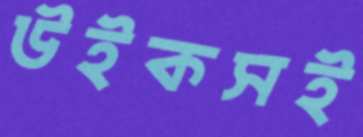
উইকসই